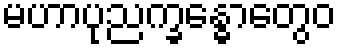
မဟာပုညက္ခန္ဓောတွေဝ